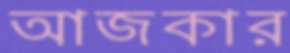
আজকার